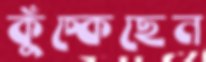
কুঁচ্‌কেছেন